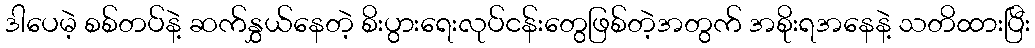
ဒါပေမဲ့ စစ်တပ်နဲ့ ဆက်နွှယ်နေတဲ့ စိးပွားရေးလုပ်ငန်းတွေဖြစ်တဲ့အတွက် အစိုးရအနေနဲ့ သတိထားပြီး